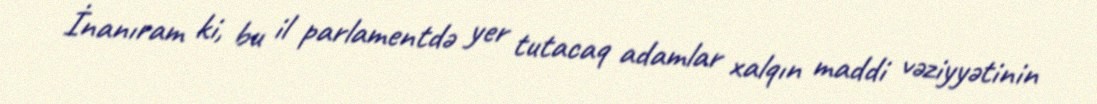
İnanıram ki, bu il parlamentdə yer tutacaq adamlar xalqın maddi vəziyyətinin